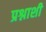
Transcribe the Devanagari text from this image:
प्रश्नाशी